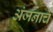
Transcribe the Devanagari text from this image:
अंजनाचे